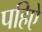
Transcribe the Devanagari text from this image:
पहिऐ